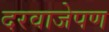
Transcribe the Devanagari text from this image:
दरवाजेपण